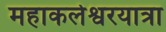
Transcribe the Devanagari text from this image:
महाकलेश्वरयात्रा